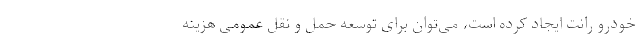
خودرو رانت ایجاد کرده است، می‌توان برای توسعه حمل و نقل عمومی هزینه